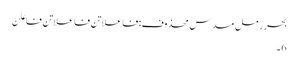
بحر رمل مسدس محذوف:فاعلاتن فاعلاتن فاعلن
6۔